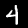
Digit: 4